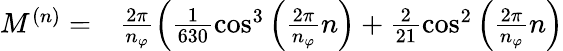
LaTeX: \begin{array}{rl}{M^{(n)}=}&{{}\frac{2\pi}{n_{\varphi}}\left(\frac{1}{630}\cos^{3}\left(\frac{2\pi}{n_{\varphi}}n\right)+\frac{2}{21}\cos^{2}\left(\frac{2\pi}{n_{\varphi}}n\right)\right.}\end{array}